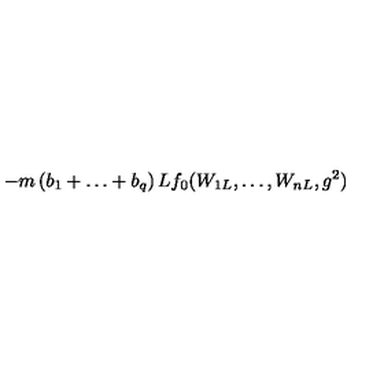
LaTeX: - m \left( b _ { 1 } + \ldots + b _ { q } \right) L f _ { 0 } ( W _ { 1 L } , \ldots , W _ { n L } , g ^ { 2 } )